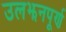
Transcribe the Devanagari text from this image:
उलझनपूर्ण